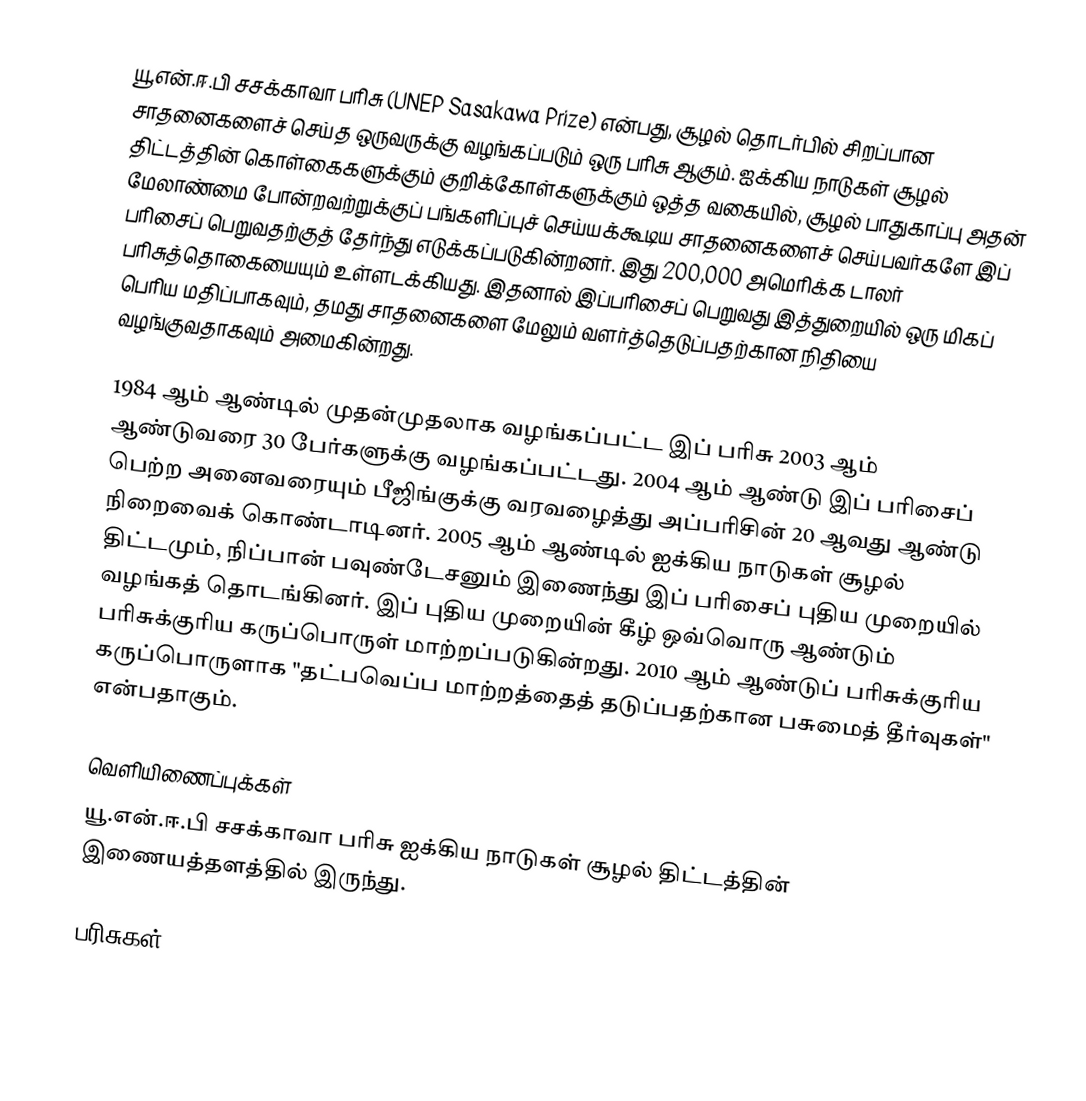
யூ.என்.ஈ.பி சசக்காவா பரிசு (UNEP Sasakawa Prize) என்பது, சூழல் தொடர்பில் சிறப்பான சாதனைகளைச் செய்த ஒருவருக்கு வழங்கப்படும் ஒரு பரிசு ஆகும்.  ஐக்கிய நாடுகள் சூழல் திட்டத்தின் கொள்கைகளுக்கும் குறிக்கோள்களுக்கும் ஒத்த வகையில், சூழல் பாதுகாப்பு அதன் மேலாண்மை போன்றவற்றுக்குப் பங்களிப்புச் செய்யக்கூடிய சாதனைகளைச் செய்பவர்களே இப் பரிசைப் பெறுவதற்குத் தேர்ந்து எடுக்கப்படுகின்றனர். இது 200,000 அமெரிக்க டாலர் பரிசுத்தொகையையும் உள்ளடக்கியது. இதனால் இப்பரிசைப் பெறுவது இத்துறையில் ஒரு மிகப் பெரிய மதிப்பாகவும், தமது சாதனைகளை மேலும் வளர்த்தெடுப்பதற்கான நிதியை வழங்குவதாகவும் அமைகின்றது.

1984 ஆம் ஆண்டில் முதன்முதலாக வழங்கப்பட்ட இப் பரிசு 2003 ஆம் ஆண்டுவரை 30 பேர்களுக்கு வழங்கப்பட்டது. 2004 ஆம் ஆண்டு இப் பரிசைப் பெற்ற அனைவரையும் பீஜிங்குக்கு வரவழைத்து அப்பரிசின் 20 ஆவது ஆண்டு நிறைவைக் கொண்டாடினர். 2005 ஆம் ஆண்டில் ஐக்கிய நாடுகள் சூழல் திட்டமும், நிப்பான் பவுண்டேசனும் இணைந்து இப் பரிசைப் புதிய முறையில் வழங்கத் தொடங்கினர். இப் புதிய முறையின் கீழ் ஒவ்வொரு ஆண்டும் பரிசுக்குரிய கருப்பொருள் மாற்றப்படுகின்றது. 2010 ஆம் ஆண்டுப் பரிசுக்குரிய கருப்பொருளாக "தட்பவெப்ப மாற்றத்தைத் தடுப்பதற்கான பசுமைத் தீர்வுகள்" என்பதாகும்.

வெளியிணைப்புக்கள்
 யூ.என்.ஈ.பி சசக்காவா பரிசு  ஐக்கிய நாடுகள் சூழல் திட்டத்தின் இணையத்தளத்தில் இருந்து.

பரிசுகள்